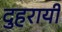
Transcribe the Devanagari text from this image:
दुहरायी